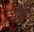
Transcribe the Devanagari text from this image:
डॉगी